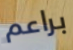
براعم